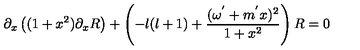
\partial _ { x } \left( ( 1 + x ^ { 2 } ) \partial _ { x } R \right) + \left( - l ( l + 1 ) + \frac { ( \omega ^ { ' } + m ^ { ' } x ) ^ { 2 } } { 1 + x ^ { 2 } } \right) R = 0